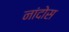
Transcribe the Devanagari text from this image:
नांदोस